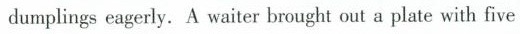
dumplings eagerly. A waiter brought out a plate with five